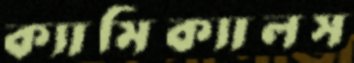
ক্যামিক্যালস